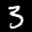
Label: 3